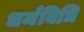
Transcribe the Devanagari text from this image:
धर्मविधि